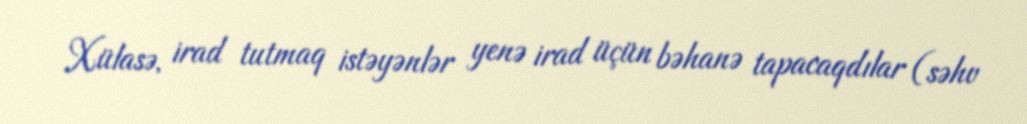
Xülasə, irad tutmaq istəyənlər yenə irad üçün bəhanə tapacaqdılar (səhv